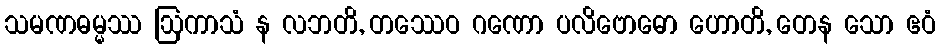
သမဏဓမ္မဿ ဩကာသံ န လဘတိ, တဿေဝ ဂဏော ပလိဗောဓော ဟောတိ, တေန သော ဧဝံ